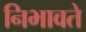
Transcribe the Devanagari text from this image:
निभावते